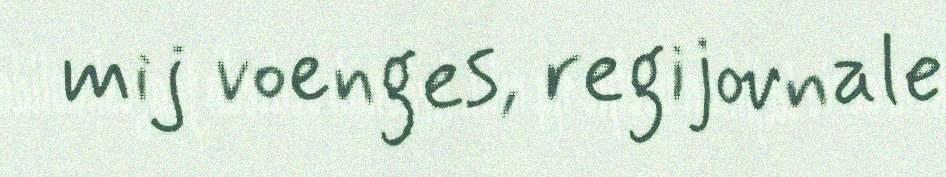
mij voenges, regijovnale